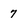
Character: 7